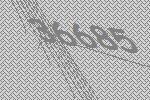
36685